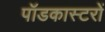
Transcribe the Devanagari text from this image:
पॉडकास्टरों